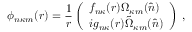
\phi _ { n \kappa m } ( \boldsymbol { r } ) = \frac { 1 } { r } \left( \begin{array} { l } { f _ { n \kappa } { ( r ) } \Omega _ { \kappa m } { ( \boldsymbol { \hat { n } } ) } } \\ { i g _ { n \kappa } { ( r ) } \tilde { \Omega } _ { \kappa m } { ( \boldsymbol { \hat { n } } ) } } \end{array} \right) \, ,